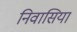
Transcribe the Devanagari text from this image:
निवासिया